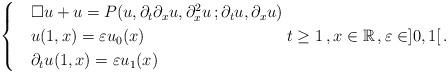
LaTeX: \begin{align*} \begin{cases}& \Box u + u = P(u, \partial_t\partial_xu, \partial^2_xu\,; \partial_tu,\partial_xu) \\& u(1,x)=\varepsilon u_0(x) \\& \partial_tu(1,x)=\varepsilon u_1(x)\end{cases} t\ge 1 \, , x \in \mathbb{R} \, , \varepsilon \in ]0,1[ \,.\end{align*}